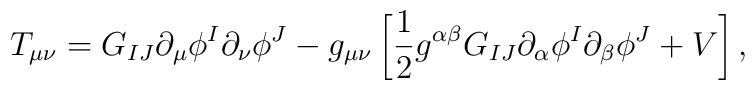
T_{\mu \nu} = G_{IJ} \partial_{\mu} \phi^I \partial_{\nu} \phi^J-g_{\mu \nu} \left[{1\over 2} g^{\alpha \beta} G_{IJ} \partial_{\alpha}\phi^I\partial_{\beta} \phi^J + V \right],